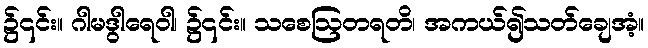
၌၎င်း။ ဂါမဒွါရေဝါ၊ ၌၎င်း။ သစေဩတရတိ၊ အကယ်၍သတ်ချေအံ့။